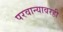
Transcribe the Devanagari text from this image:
परवान्यावरही